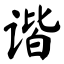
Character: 谐